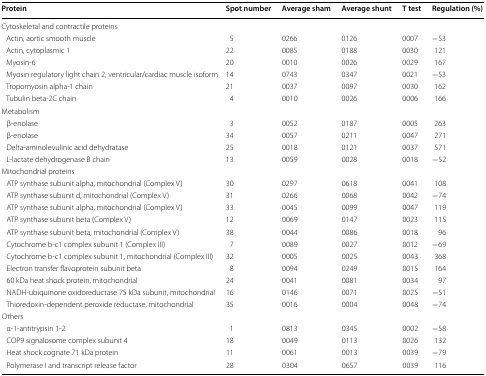
<table><thead><tr><td><b>Protein</b></td><td><b>Spot number</b></td><td><b>Average sham</b></td><td><b>Average shunt</b></td><td><b>T test</b></td><td><b>Regulation (%)</b></td></tr></thead><tbody><tr><td colspan="6">Cytoskeletal and contractile proteins</td></tr><tr><td> Actin, aortic smooth muscle</td><td>5</td><td>0266</td><td>0126</td><td>0007</td><td>−53</td></tr><tr><td> Actin, cytoplasmic 1</td><td>22</td><td>0085</td><td>0188</td><td>0030</td><td>121</td></tr><tr><td> Myosin-6</td><td>20</td><td>0010</td><td>0026</td><td>0029</td><td>167</td></tr><tr><td> Myosin regulatory light chain 2, ventricular/cardiac muscle isoform</td><td>14</td><td>0743</td><td>0347</td><td>0021</td><td>−53</td></tr><tr><td> Tropomyosin alpha-1 chain</td><td>21</td><td>0037</td><td>0097</td><td>0030</td><td>162</td></tr><tr><td> Tubulin beta-2C chain</td><td>4</td><td>0010</td><td>0026</td><td>0006</td><td>166</td></tr><tr><td colspan="6">Metabolism</td></tr><tr><td> β-enolase</td><td>3</td><td>0052</td><td>0187</td><td>0005</td><td>263</td></tr><tr><td> β-enolase</td><td>34</td><td>0057</td><td>0211</td><td>0047</td><td>271</td></tr><tr><td> Delta-aminolevulinic acid dehydratase</td><td>25</td><td>0018</td><td>0121</td><td>0037</td><td>571</td></tr><tr><td> L-lactate dehydrogenase B chain</td><td>13</td><td>0059</td><td>0028</td><td>0018</td><td>−52</td></tr><tr><td colspan="6">Mitochondrial proteins</td></tr><tr><td> ATP synthase subunit alpha, mitochondrial (Complex V)</td><td>30</td><td>0297</td><td>0618</td><td>0041</td><td>108</td></tr><tr><td> ATP synthase subunit d, mitochondrial (Complex V)</td><td>31</td><td>0266</td><td>0068</td><td>0042</td><td>−74</td></tr><tr><td> ATP synthase subunit alpha, mitochondrial (Complex V)</td><td>33</td><td>0045</td><td>0099</td><td>0047</td><td>119</td></tr><tr><td> ATP synthase subunit beta (Complex V)</td><td>12</td><td>0069</td><td>0147</td><td>0023</td><td>115</td></tr><tr><td> ATP synthase subunit beta, mitochondrial (Complex V)</td><td>38</td><td>0044</td><td>0086</td><td>0018</td><td>96</td></tr><tr><td> Cytochrome b-c1 complex subunit 1 (Complex III)</td><td>7</td><td>0089</td><td>0027</td><td>0012</td><td>−69</td></tr><tr><td> Cytochrome b-c1 complex subunit 1, mitochondrial (Complex III)</td><td>32</td><td>0005</td><td>0025</td><td>0043</td><td>368</td></tr><tr><td> Electron transfer flavoprotein subunit beta</td><td>8</td><td>0094</td><td>0249</td><td>0015</td><td>164</td></tr><tr><td> 60 kDa heat shock protein, mitochondrial</td><td>24</td><td>0041</td><td>0081</td><td>0034</td><td>97</td></tr><tr><td> NADH-ubiquinone oxidoreductase 75 kDa subunit, mitochondrial</td><td>16</td><td>0146</td><td>0071</td><td>0025</td><td>−51</td></tr><tr><td> Thioredoxin-dependent peroxide reductase, mitochondrial</td><td>35</td><td>0016</td><td>0004</td><td>0048</td><td>−74</td></tr><tr><td colspan="6">Others</td></tr><tr><td> α-1-antitrypsin 1-2</td><td>1</td><td>0813</td><td>0345</td><td>0002</td><td>−58</td></tr><tr><td> COP9 signalosome complex subunit 4</td><td>18</td><td>0049</td><td>0113</td><td>0026</td><td>132</td></tr><tr><td> Heat shock cognate 71 kDa protein</td><td>11</td><td>0061</td><td>0013</td><td>0039</td><td>−79</td></tr><tr><td> Polymerase I and transcript release factor</td><td>28</td><td>0304</td><td>0657</td><td>0039</td><td>116</td></tr></tbody></table>